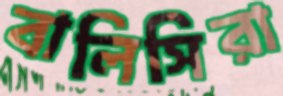
বালিসিরা